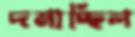
দমাচ্ছিল